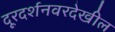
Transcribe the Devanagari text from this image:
दूरदर्शनवरदेखील